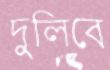
দুলিবে